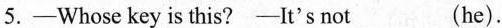
5.—Whose key is this?—It's not___(he).